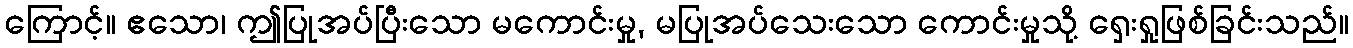
ကြောင့်။ ဧသော၊ ဤပြုအပ်ပြီးသော မကောင်းမှု, မပြုအပ်သေးသော ကောင်းမှုသို့ ရှေးရှုဖြစ်ခြင်းသည်။